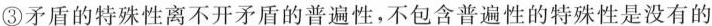
③矛盾的特殊性离不开矛盾的普遍性，不包含普遍性的特殊性是没有的